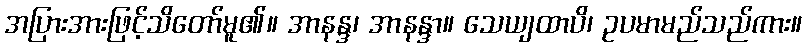
အပြားအားဖြင့်သိတော်မူ၏။ အာနန္ဒ၊ အာနန္ဒာ။ သေယျထာပိ၊ ဥပမာမည်သည်ကား။